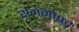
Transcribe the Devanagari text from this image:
राजगोपुर